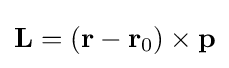
\mathbf {L} =\left(\mathbf {r} -\mathbf {r} _{0}\right)\times \mathbf {p}